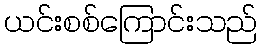
ယင်းစစ်ကြောင်းသည်